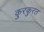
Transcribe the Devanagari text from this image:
कुरकुरत